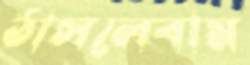
ঠাসলেবাম